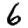
Digit: 6